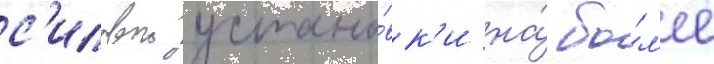
с'иловои устано́вк'и на́ бо́л'ее